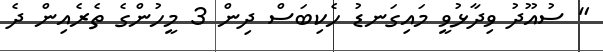
" ސުއޫދު ވިދާޅުވީ މައިގަނޑު ހެކިބަސް ދިން 3 މީހުންގެ ތެރެއިން ދެ